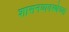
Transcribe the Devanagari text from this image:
शासनव्यवस्थेच्या